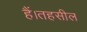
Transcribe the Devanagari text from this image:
हैं।तहसील